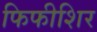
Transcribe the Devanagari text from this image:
फिफीशिर